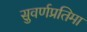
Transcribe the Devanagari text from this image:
सुवर्णप्रतिमा